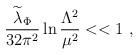
LaTeX: \begin{align*}{{\widetilde \lambda}_\Phi \over 32 \pi^2} \ln {\Lambda^2 \over \mu^2} << 1~,\end{align*}